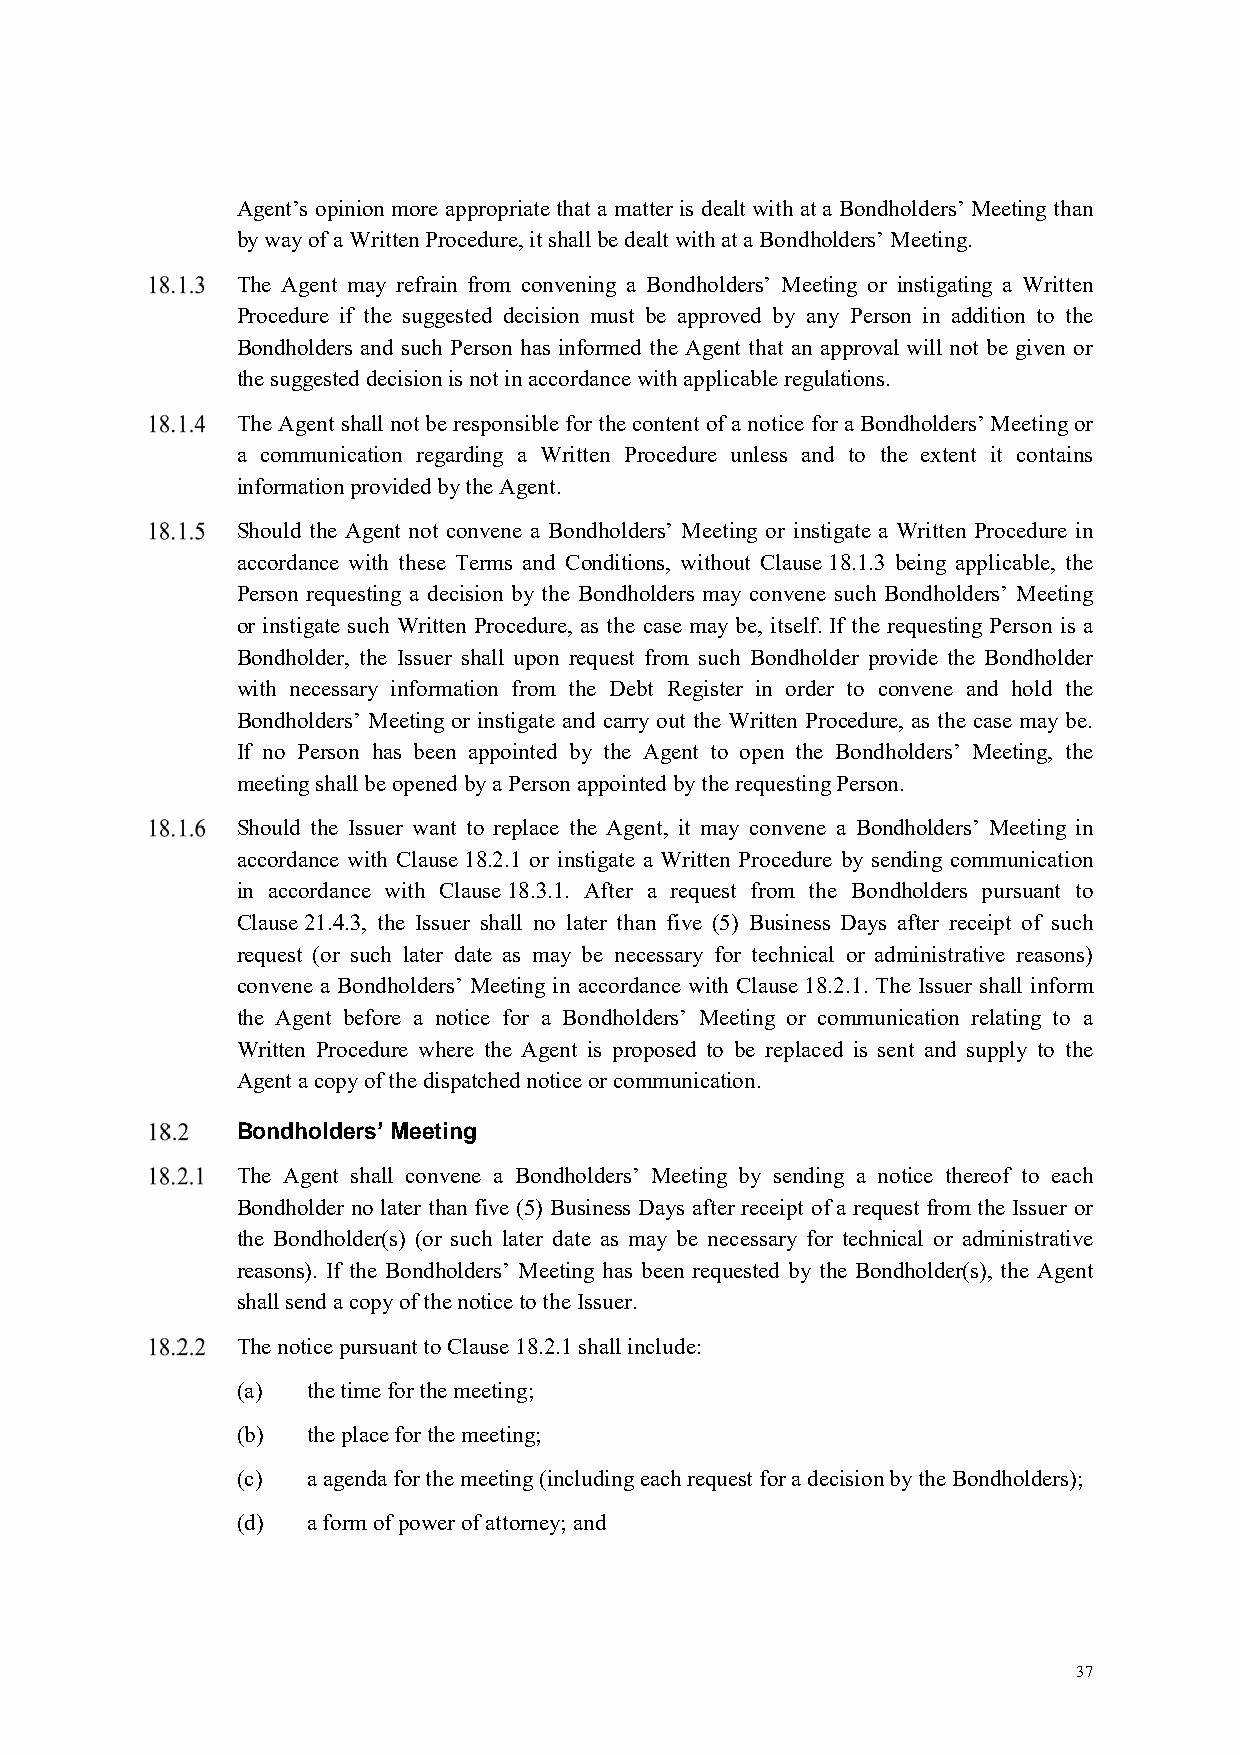
Agent’s opinion more appropriate that a matter is dealt with at a Bondholders’ Meeting than
 by way of a Written Procedure, it shall be dealt with at a Bondholders’ Meeting.
 The Agent may refrain from convening a Bondholders’ Meeting or instigating a Written
 Procedure if the suggested decision must be approved by any Person in addition to the
 Bondholders and such Person has informed the Agent that an approval will not be given or
 the suggested decision is not in accordance with applicable regulations.
 The Agent shall not be responsible for the content of a notice for a Bondholders’ Meeting or
 a communication regarding a Written Procedure unless and to the extent it contains
 information provided by the Agent.
 Should the Agent not convene a Bondholders’ Meeting or instigate a Written Procedure in
 accordance with these Terms and Conditions, without Clause 18.1.3 being applicable, the
 Person requesting a decision by the Bondholders may convene such Bondholders’ Meeting
 or instigate such Written Procedure, as the case may be, itself. If the requesting Person is a
 Bondholder, the Issuer shall upon request from such Bondholder provide the Bondholder
 with necessary information from the Debt Register in order to convene and hold the
 Bondholders’ Meeting or instigate and carry out the Written Procedure, as the case may be.
 If no Person has been appointed by the Agent to open the Bondholders’ Meeting, the
 meeting shall be opened by a Person appointed by the requesting Person.
 Should the Issuer want to replace the Agent, it may convene a Bondholders’ Meeting in
 accordance with Clause 18.2.1 or instigate a Written Procedure by sending communication
 in accordance with Clause 18.3.1. After a request from the Bondholders pursuant to
 Clause 21.4.3, the Issuer shall no later than five (5) Business Days after receipt of such
 request (or such later date as may be necessary for technical or administrative reasons)
 convene a Bondholders’ Meeting in accordance with Clause 18.2.1. The Issuer shall inform
 the Agent before a notice for a Bondholders’ Meeting or communication relating to a
 Written Procedure where the Agent is proposed to be replaced is sent and supply to the
 Agent a copy of the dispatched notice or communication.
 Bondholders’ Meeting
 The Agent shall convene a Bondholders’ Meeting by sending a notice thereof to each
 Bondholder no later than five (5) Business Days after receipt of a request from the Issuer or
 the Bondholder(s) (or such later date as may be necessary for technical or administrative
 reasons). If the Bondholders’ Meeting has been requested by the Bondholder(s), the Agent
 shall send a copy of the notice to the Issuer.
 The notice pursuant to Clause 18.2.1 shall include:
 (a) the time for the meeting;
 (b) the place for the meeting;
 (c) a agenda for the meeting (including each request for a decision by the Bondholders);
 (d) a form of power of attorney; and
 37